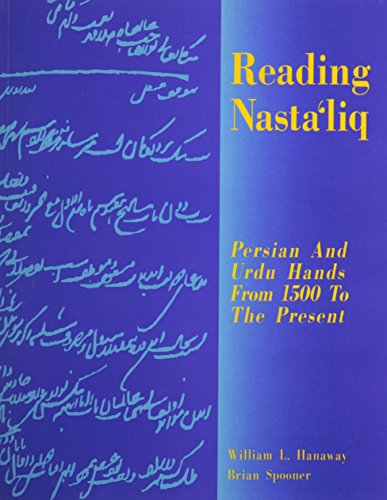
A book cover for Reading Nastaliq: Persian and Urdu Hands from 1500 to the Present; William L. Hanaway; Reference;